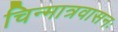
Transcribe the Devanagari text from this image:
चिन्मात्रवासनः